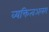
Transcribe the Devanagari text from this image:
व्यक्तित्वअलग